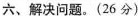
六、解决问题。(26分)